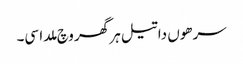
سرھوں دا تیل ہر گھر وچ ملدا سی۔